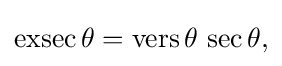
{\textstyle \operatorname {exsec} \theta =\operatorname {vers} \theta \,\sec \theta ,}